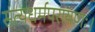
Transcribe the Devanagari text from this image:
सत्यधर्मपरायणः।